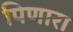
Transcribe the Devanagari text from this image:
पिणारा